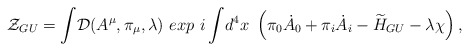
\begin{align*}{\cal Z}_{GU} = {\displaystyle \int} {\cal D}(A^{\mu}, \pi_{\mu}, \lambda)~exp ~{i\displaystyle \int} d^4x ~\left(\pi_0{\dot A_0} + \pi_i{\dot A_i} - {\widetilde H_{GU}} - \lambda \chi\right),\end{align*}